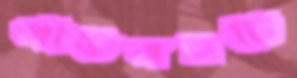
পাউরম্নটি